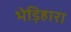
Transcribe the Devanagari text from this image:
भेड़िहारा